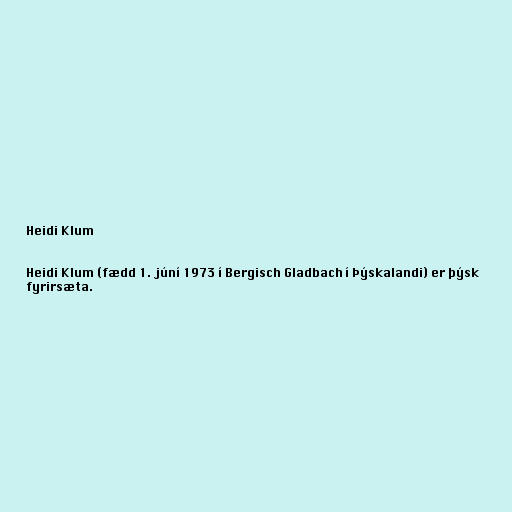
Heidi Klum

Heidi Klum (fædd 1. júní 1973 í Bergisch Gladbach í Þýskalandi) er þýsk
fyrirsæta.